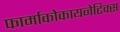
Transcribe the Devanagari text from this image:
फार्माकोकायनेटिक्स